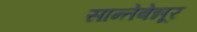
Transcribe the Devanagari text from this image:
सान्तेबेन्नूर